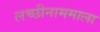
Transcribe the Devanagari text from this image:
लच्छीनाममाला